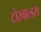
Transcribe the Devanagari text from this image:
टोरवाल्डस